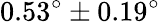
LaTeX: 0.53^{\circ}\pm 0.19^{\circ}